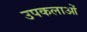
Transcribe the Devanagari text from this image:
उपकलाओं